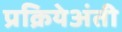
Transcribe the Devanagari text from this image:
प्रक्रियेअंती